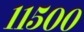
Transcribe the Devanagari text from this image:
११५००